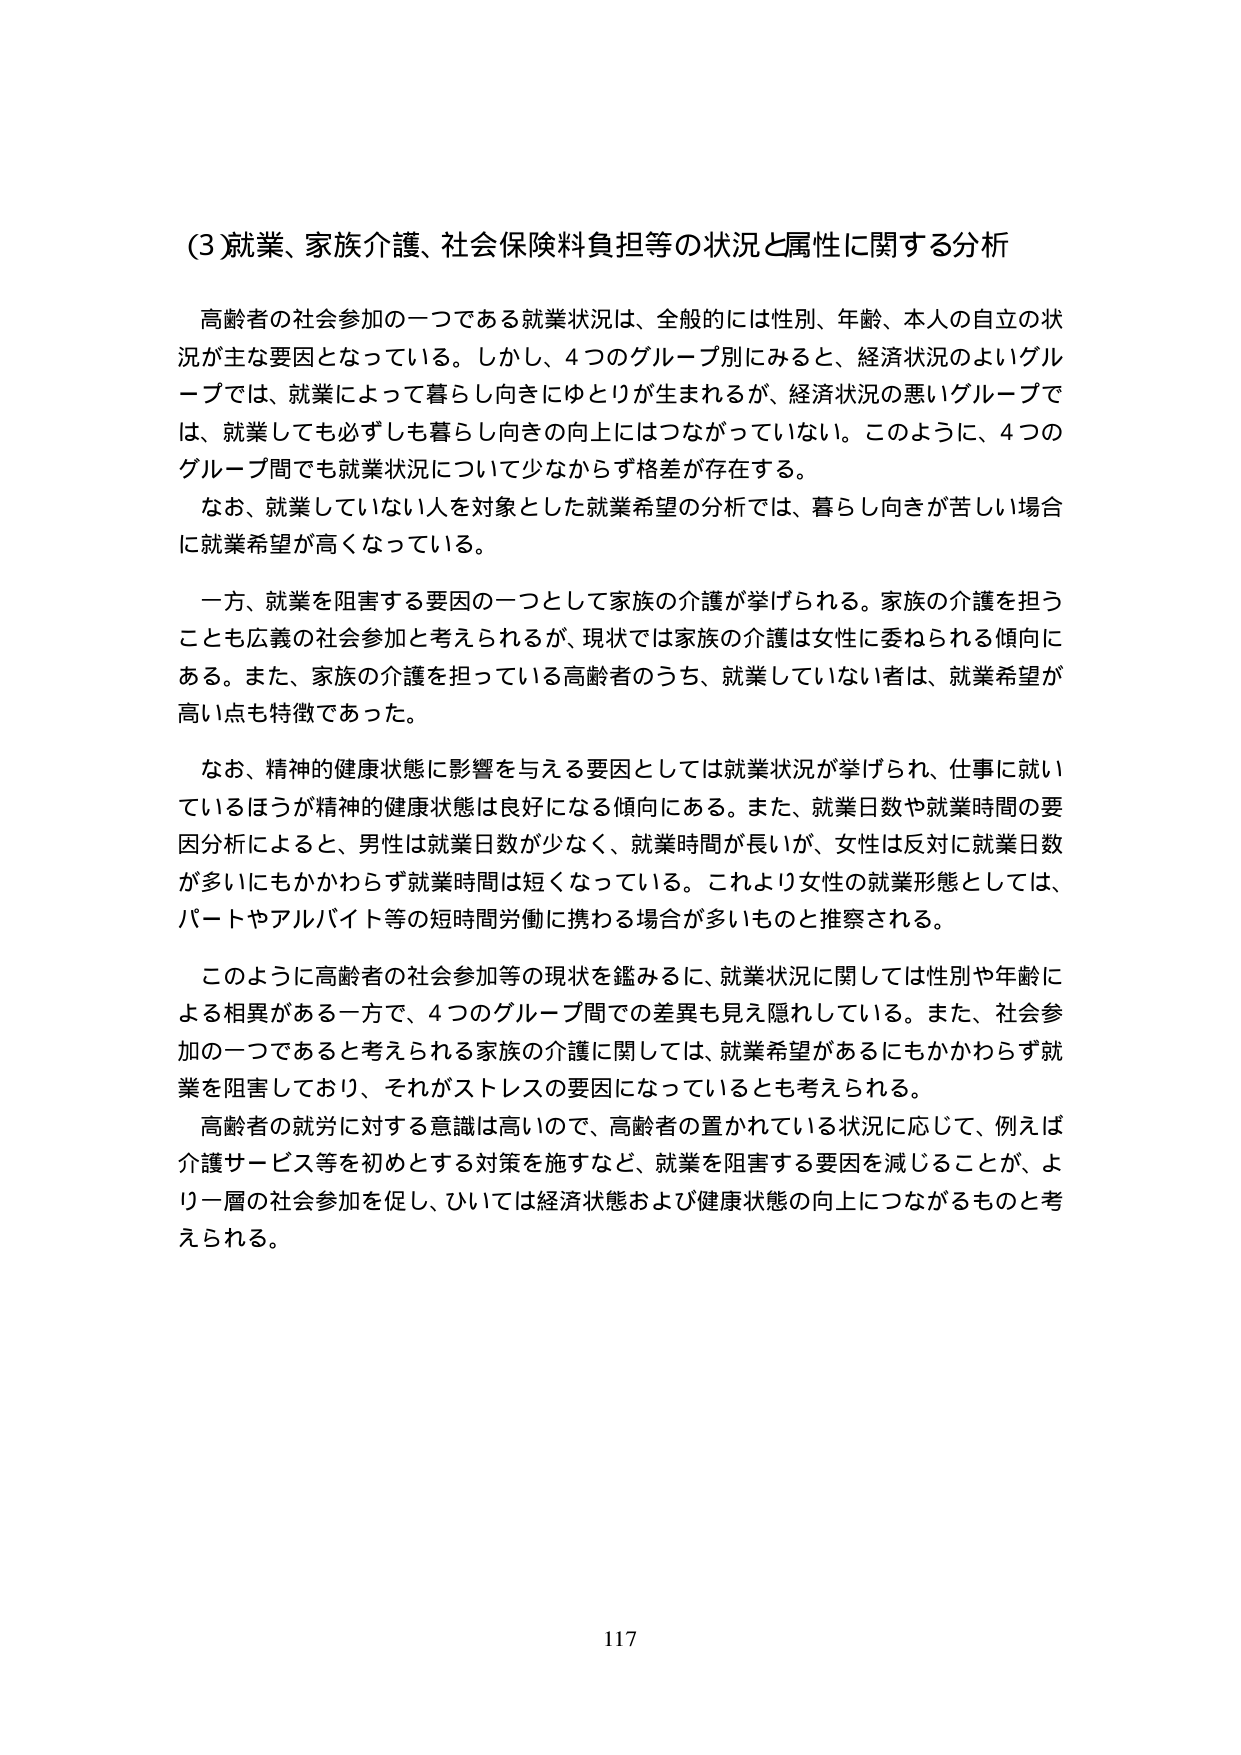
(3 就業、家族介護、社会保険料負担等の状況と属性に関する分析

高齢者の社会参加の一つである就業状況は、全般的には性別、年齢、本人の自立の状況が主な要因となっている。しかし、4つのグループ別にみると、経済状況のよいグループでは、就業によって暮らし向きにゆとりが生まれるが、経済状況の悪いグループでは、就業しても必ずしも暮らし向きの向上にはつながっていない。このように、4つのグループ間でも就業状況について少なからず格差が存在する。

なお、就業していない人を対象とした就業希望の分析では、暮らし向きが苦しい場合に就業希望が高くなっている。

一方、就業を阻害する要因の一つとして家族の介護が挙げられる。家族の介護を担うことも広義の社会参加と考えられるが、現状では家族の介護は女性に委ねられる傾向にある。また、家族の介護を担っている高齢者のうち、就業していない者は、就業希望が高い点も特徴であった。

なお、精神的健康状態に影響を与える要因としては就業状況が挙げられ、仕事に就いているほうが精神的健康状態は良好になる傾向にある。また、就業日数や就業時間の要因分析によると、男性は就業日数が少なく、就業時間が長いが、女性は反対に就業日数が多いにもかかわらず就業時間は短くなっている。これより女性の就業形態としては、パートやアルバイト等の短時間労働に携わる場合が多いものと推察される。

このように高齢者の社会参加等の現状を鑑みるに、就業状況に関しては性別や年齢による相異がある一方で、4つのグループ間での差異も見え隠れしている。また、社会参加の一つであると考えられる家族の介護に関しては、就業希望があるにもかかわらず就業を阻害しており、それがストレスの要因になっているとも考えられる。

高齢者の就労に対する意識は高いので、高齢者の置かれている状況に応じて、例えば介護サービス等を初めとする対策を施すなど、就業を阻害する要因を減じることが、より一層の社会参加を促し、ひいては経済状態および健康状態の向上につながるものと考えられる。

117